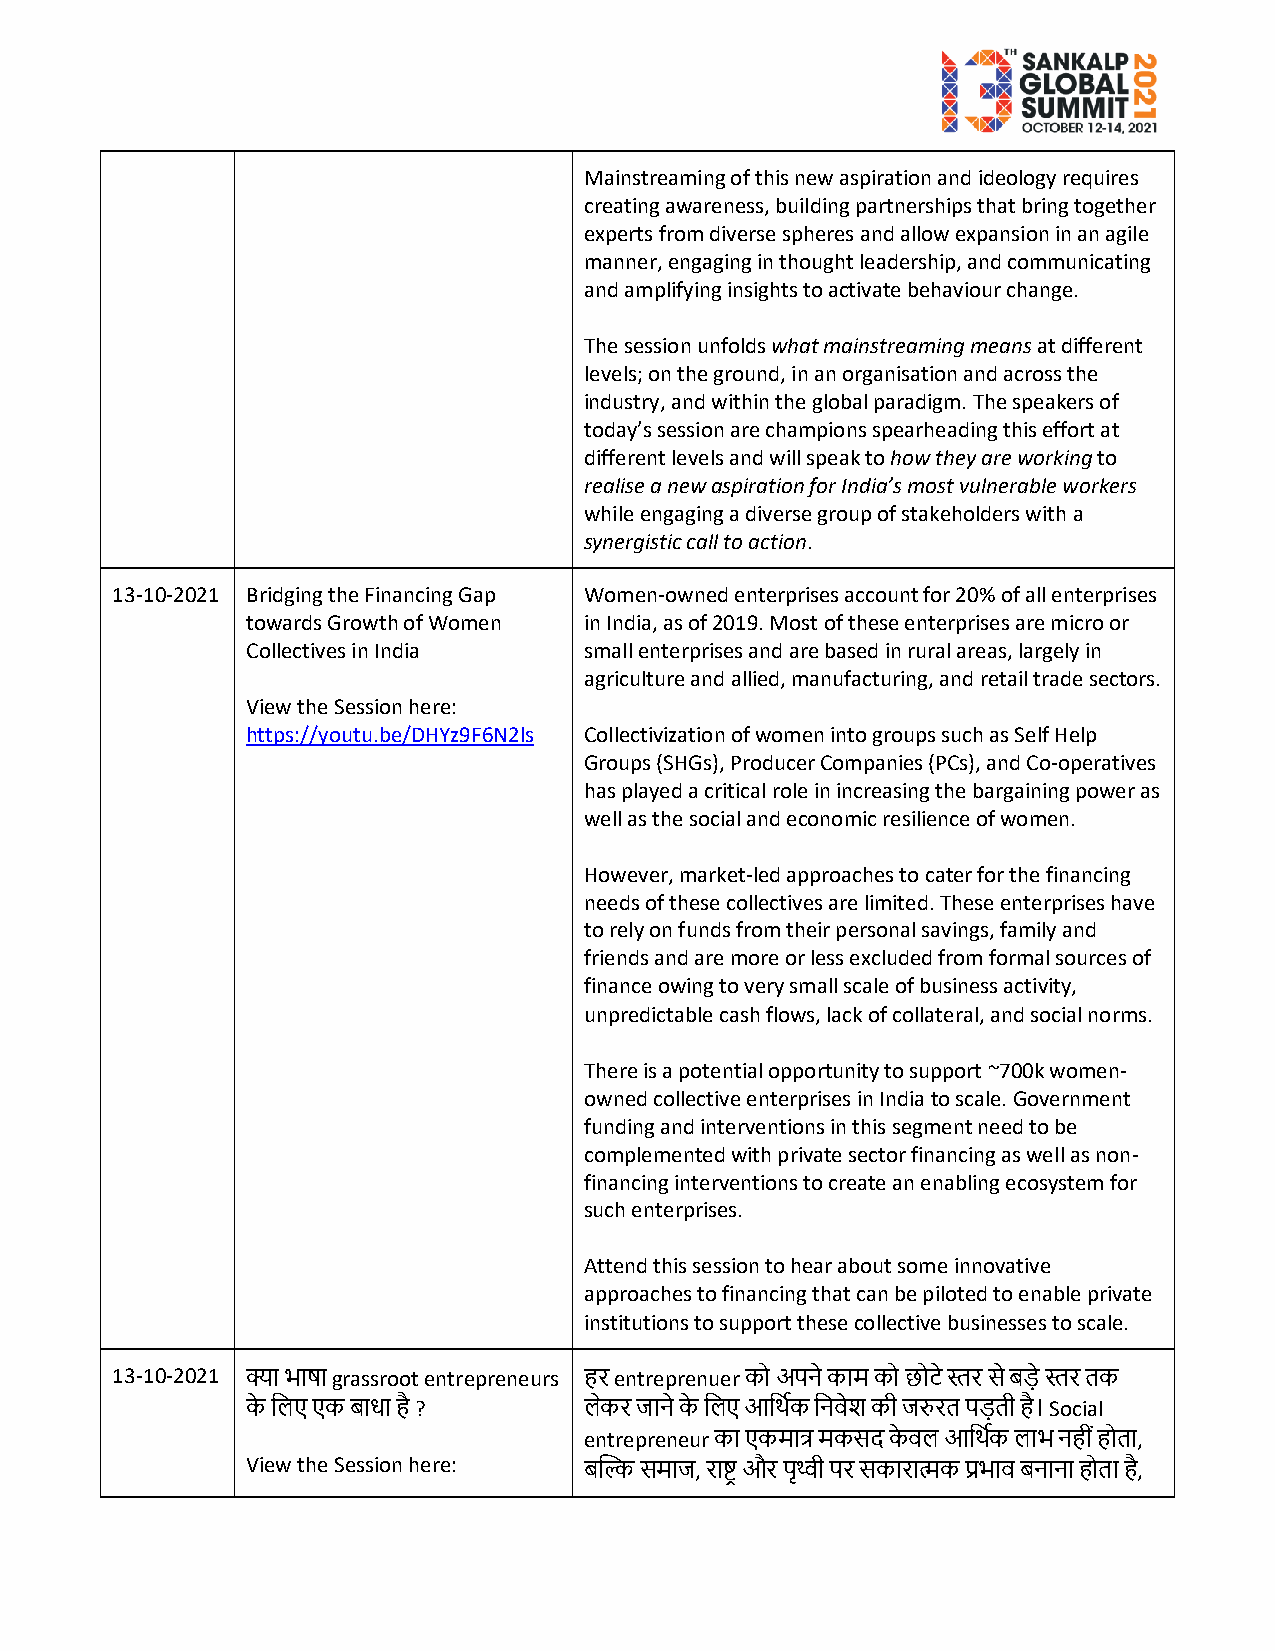
Mainstreaming of this new aspiration and ideology requires
 creating awareness, building partnerships that bring together
 experts from diverse spheres and allow expansion in an agile
 manner, engaging in thought leadership, and communicating
 and amplifying insights to activate behaviour change.
 The session unfolds what mainstreaming means at different
 levels; on the ground, in an organisation and across the
 industry, and within the global paradigm. The speakers of
 today’s session are champions spearheading this effort at
 different levels and will speak to how they are working to
 realise a new aspiration for India’s most vulnerable workers
 while engaging a diverse group of stakeholders with a
 synergistic call to action.
 13-10-2021 Bridging the Financing Gap Women-owned enterprises account for 20% of all enterprises
 towards Growth of Women in India, as of 2019. Most of these enterprises are micro or
 Collectives in India   small enterprises and are based in rural areas, largely in
 agriculture and allied, manufacturing, and retail trade sectors.
 View the Session here:
 https://youtu.be/DHYz9F6N2ls Collectivization of women into groups such as Self Help
 Groups (SHGs), Producer Companies (PCs), and Co-operatives
 has played a critical role in increasing the bargaining power as
 well as the social and economic resilience of women.
 However, market-led approaches to cater for the financing
 needs of these collectives are limited. These enterprises have
 to rely on funds from their personal savings, family and
 friends and are more or less excluded from formal sources of
 finance owing to very small scale of business activity,
 unpredictable cash flows, lack of collateral, and social norms.
 There is a potential opportunity to support ~700k women-
 owned collective enterprises in India to scale. Government
 funding and interventions in this segment need to be
 complemented with private sector financing as well as non-
 financing interventions to create an enabling ecosystem for
 such enterprises.
 Attend this session to hear about some innovative
 approaches to financing that can be piloted to enable private
 institutions to support these collective businesses to scale.
 13-10-2021 क्या भाषा grassroot entrepreneurs हर entreprenuer को अपने काम को छोटे स्तर से बड़े स्तर तक
 के लिए एक बाधा है ?    िेकर जाने के लिए आलथिक लनवेश की जरुरत पड़ती है। Social
 entrepreneur का एकमात्र मकसद के वि आलथिक िाभ नही ींहोता,
 View the Session here: बल्कि समाज, राष्ट्र और पृथ्वी पर सकारात्मक प्रभाव बनाना होता है,